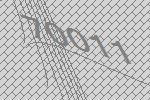
70011